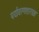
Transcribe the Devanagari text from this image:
पर्यावरणशास्त्रज्ञ